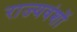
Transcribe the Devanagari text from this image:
राज्यवंशों